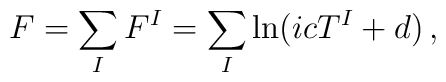
F=\sum_IF^I=\sum_{I}\ln(icT^I+d)\, ,